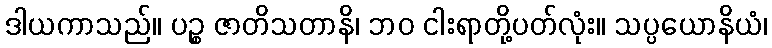
ဒါယကာသည်။ ပဉ္စ ဇာတိသတာနိ၊ ဘဝ ငါးရာတို့ပတ်လုံး။ သပ္ပယောနိယံ၊